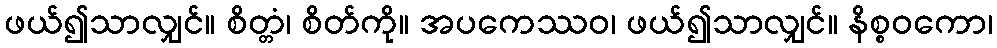
ဖယ်၍သာလျှင်။ စိတ္တံ၊ စိတ်ကို။ အပကေဿဝ၊ ဖယ်၍သာလျှင်။ နိစ္စဝကော၊